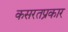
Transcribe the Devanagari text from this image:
कसरतप्रकार